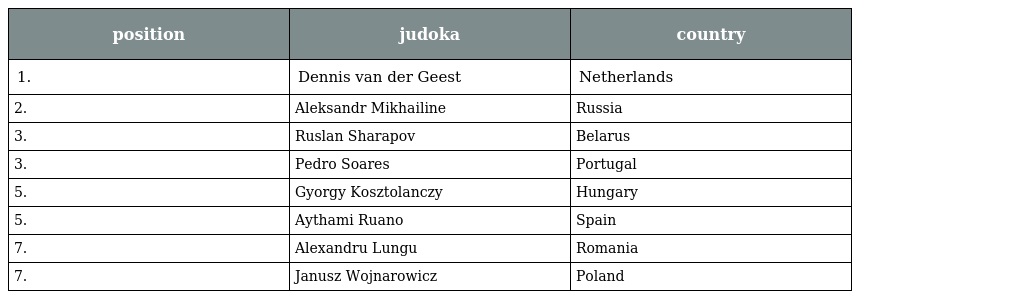
| position | judoka | country |
 | --- | --- | --- |
 | 1. | Dennis van der Geest | Netherlands |
 | 2. | Aleksandr Mikhailine | Russia |
 | 3. | Ruslan Sharapov | Belarus |
 | 3. | Pedro Soares | Portugal |
 | 5. | Gyorgy Kosztolanczy | Hungary |
 | 5. | Aythami Ruano | Spain |
 | 7. | Alexandru Lungu | Romania |
 | 7. | Janusz Wojnarowicz | Poland |